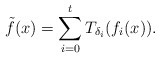
\begin{align*}\tilde{ f}(x)= \sum\limits_{i=0}^{t}{T_{\delta_i}(f_i(x))}. \end{align*}